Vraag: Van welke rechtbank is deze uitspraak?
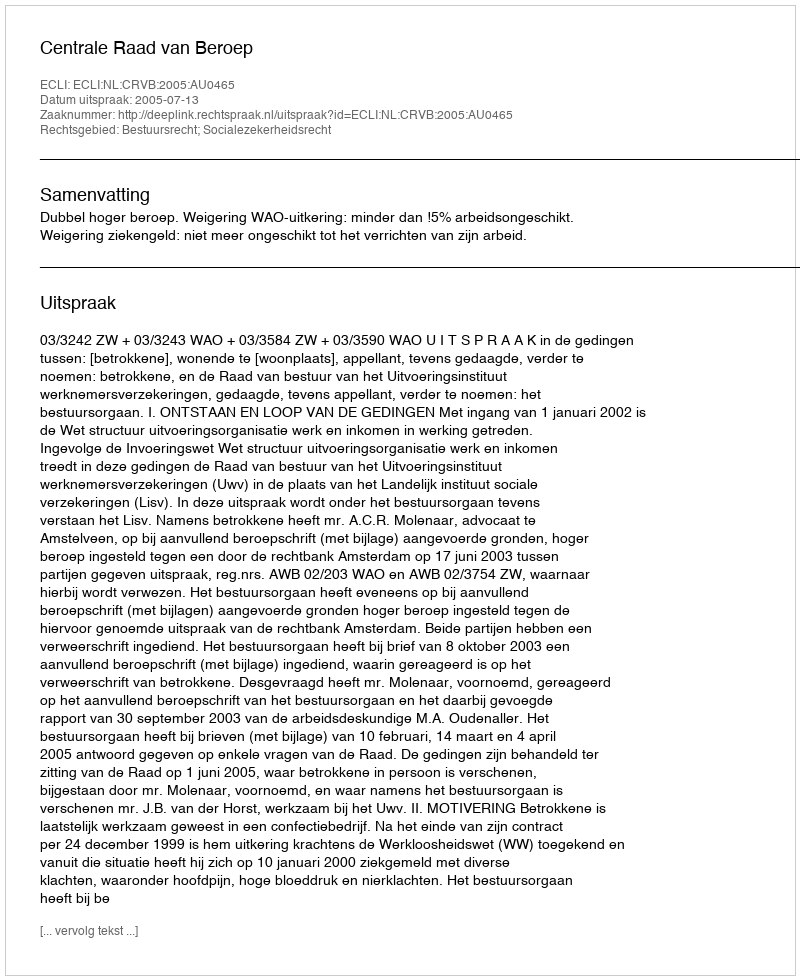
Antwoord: Centrale Raad van Beroep